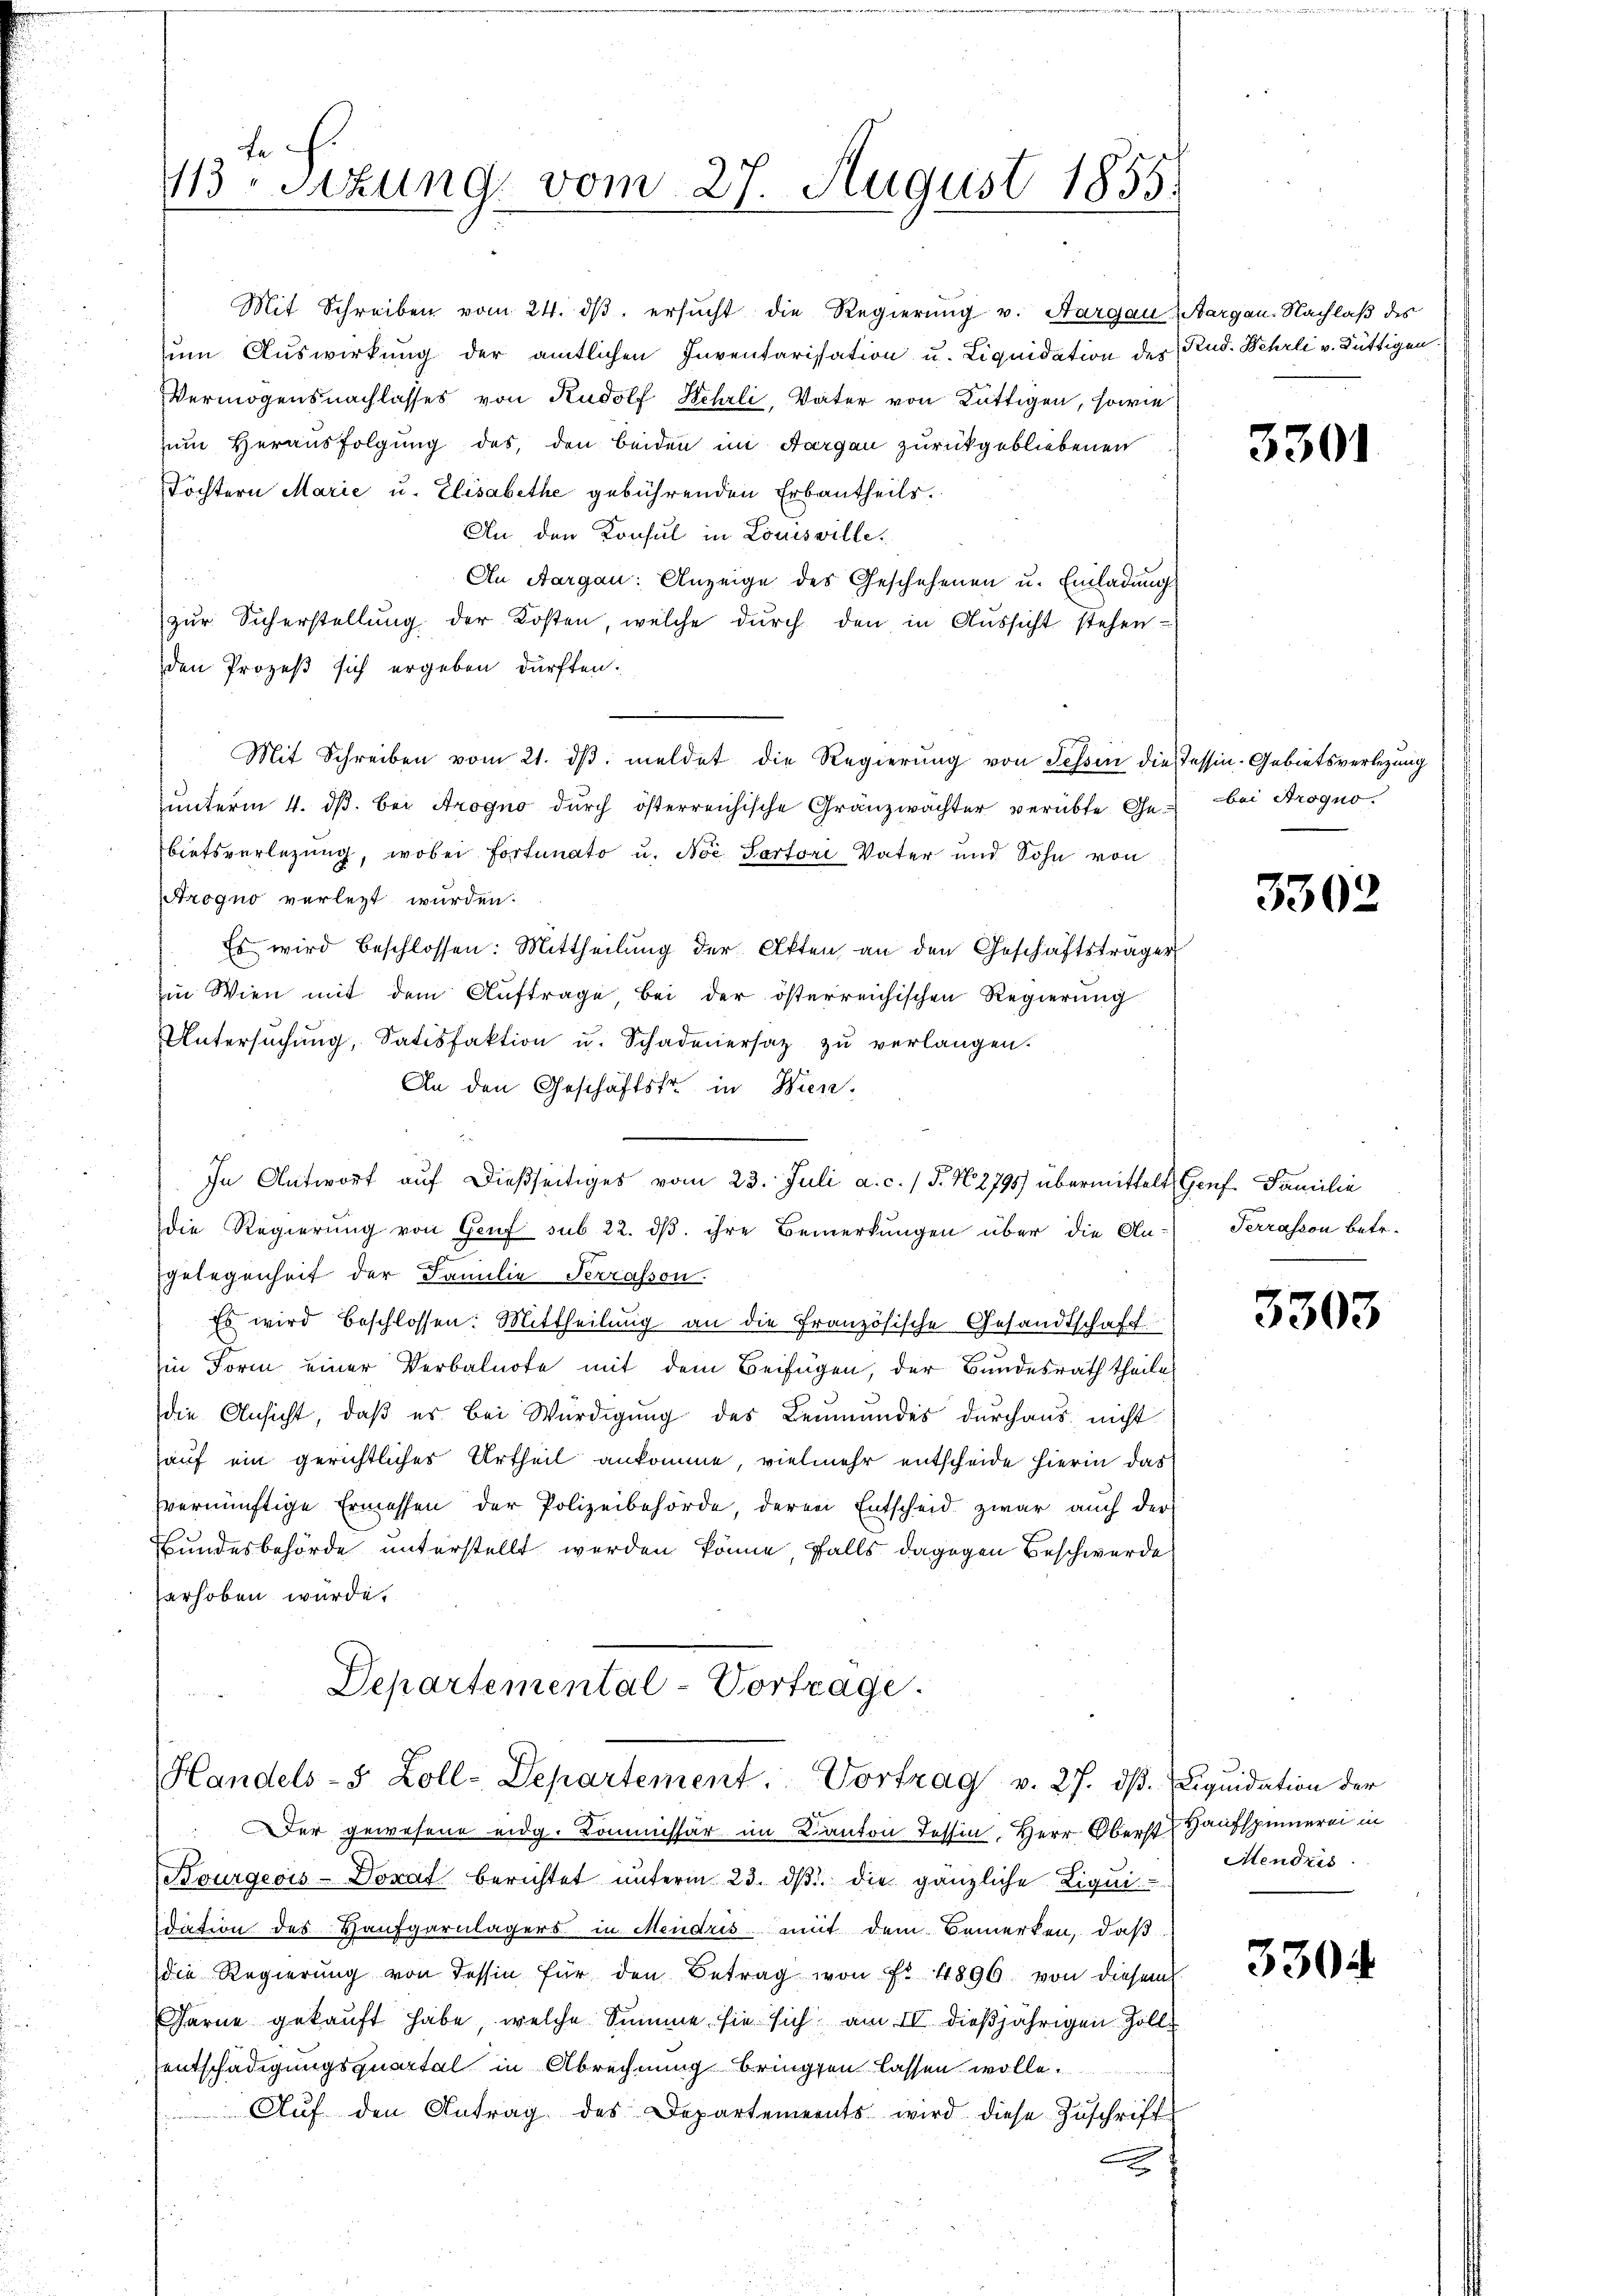
Fe
13 sezung vom 27. August 1855.

Mit Schreiben vom 24. dβ ersŭcht die Regierŭng v. Aargau
zum Auswirkung der amtlichen Inventarisation u. Liquidation des
Vermögensnachlasses von Rudolf Wehrli, Vater von Rüttigen, sowie
zum Herausfolgung des, den beiden im Aargau zurückgebliebenen
Töchtern Marie u. Elisabethe gebührenden Erbantheils.
An den Konsul in Louisville,
An Aargau: Anzeige des Geschehenen u. Einladung
zur Sicherstellung der Kosten, welche durch den in Aussicht stehen-
den Prozeß sich ergeben dürften.
Mit Schreiben vom 21. dβ meldet die Regierung von Tessin die Tessin-Gebietsverlegung
unterm 4. ds. bei Arogno durch österreichische Gränzwächter verübte Gebietsverlegung, wobei Fortunato u. Noc Sartori Vater und Sohn von
Arogno verletzt wurden.
Es wird beschlossen: Mittheilung der Akten an den Geschäftsträger
Im Wien mit dem Auftrage bei der österreichischen Regierung
Untersuchung, Satisfaktion u. Schadenersatz zu verlangen.
An den Geschäftsfr. in Wien.
In Antwort auf dießseitiges vom 23. Juli a. c. 1 S. N. 2795) übermittelt Genf. Familie
die Regierung von Genf sub 22. dß. ihre Bemerkungen über die An-
gelegenheit der Familie Terrasson.
Es wird beschlossen: Mittheilung an die Französische Gesandtschaft
in Form einer Verbalnote mit dem Beifügen, der Bundesrath theile
die Ansicht, daß es bei Würdigung des Leumundes durchaus nicht
auf ein gerichtliches Urtheil ankomme, vielmehr entscheide hierin das
zvernünftige Ermessen der Polizeibehörde, deren Entscheid zwar auch der
Bundesbehörde unterstellt werden könne, falls dagegen Beschwerde
erhoben würde.

Departemental-Vortrage.
Handels- & Zoll-Departement. Vortrag v. 27. dβ. Liqŭidation der

Der gewesene eidg. Kommissär im Kanton Tessin, Herr Oberst Hauspinnerei in
Bourgeois-Dorat berichtet unterm 23. dβ die gänzliche Liqui
dation des Haufgarnlagers in Mendris, mit dem Bemerken, daß
die Regierŭng von dessen für den Betrag von Fr. 1896 von diesem
Farne gekaŭft habe, welche Summe sie sich am II dießjährigen Zoll-
entschädigungsquartal in Abrechnung bringten lassen wolle.
Aŭf den Antrag des Departements wird diese Zuschrift
x

Aargau. Nachlaß des
Rud. Wehrli v. Büttigen.

3301

bei Aroquo.

3302

Terrasson betr.

3303

Mendris

3304